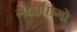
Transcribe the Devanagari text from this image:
गैलापागो